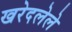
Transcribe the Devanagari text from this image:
खरेदलेले